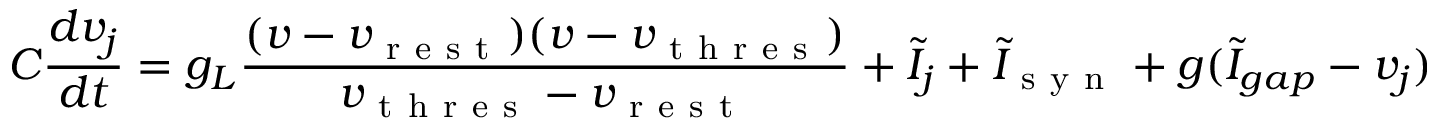
C \frac { d v _ { j } } { d t } = g _ { L } \frac { ( v - v _ { \mathrm { ~ r ~ e ~ s ~ t ~ } } ) ( v - v _ { \mathrm { ~ t ~ h ~ r ~ e ~ s ~ } } ) } { v _ { \mathrm { ~ t ~ h ~ r ~ e ~ s ~ } } - v _ { \mathrm { ~ r ~ e ~ s ~ t ~ } } } + \tilde { I } _ { j } + \tilde { I } _ { \mathrm { ~ s ~ y ~ n ~ } } + g ( \tilde { I } _ { g a p } - v _ { j } )